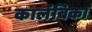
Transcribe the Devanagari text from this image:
कालंबिका